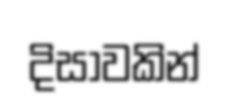
දිසාවකින්